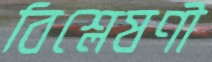
বিশ্লেষণী